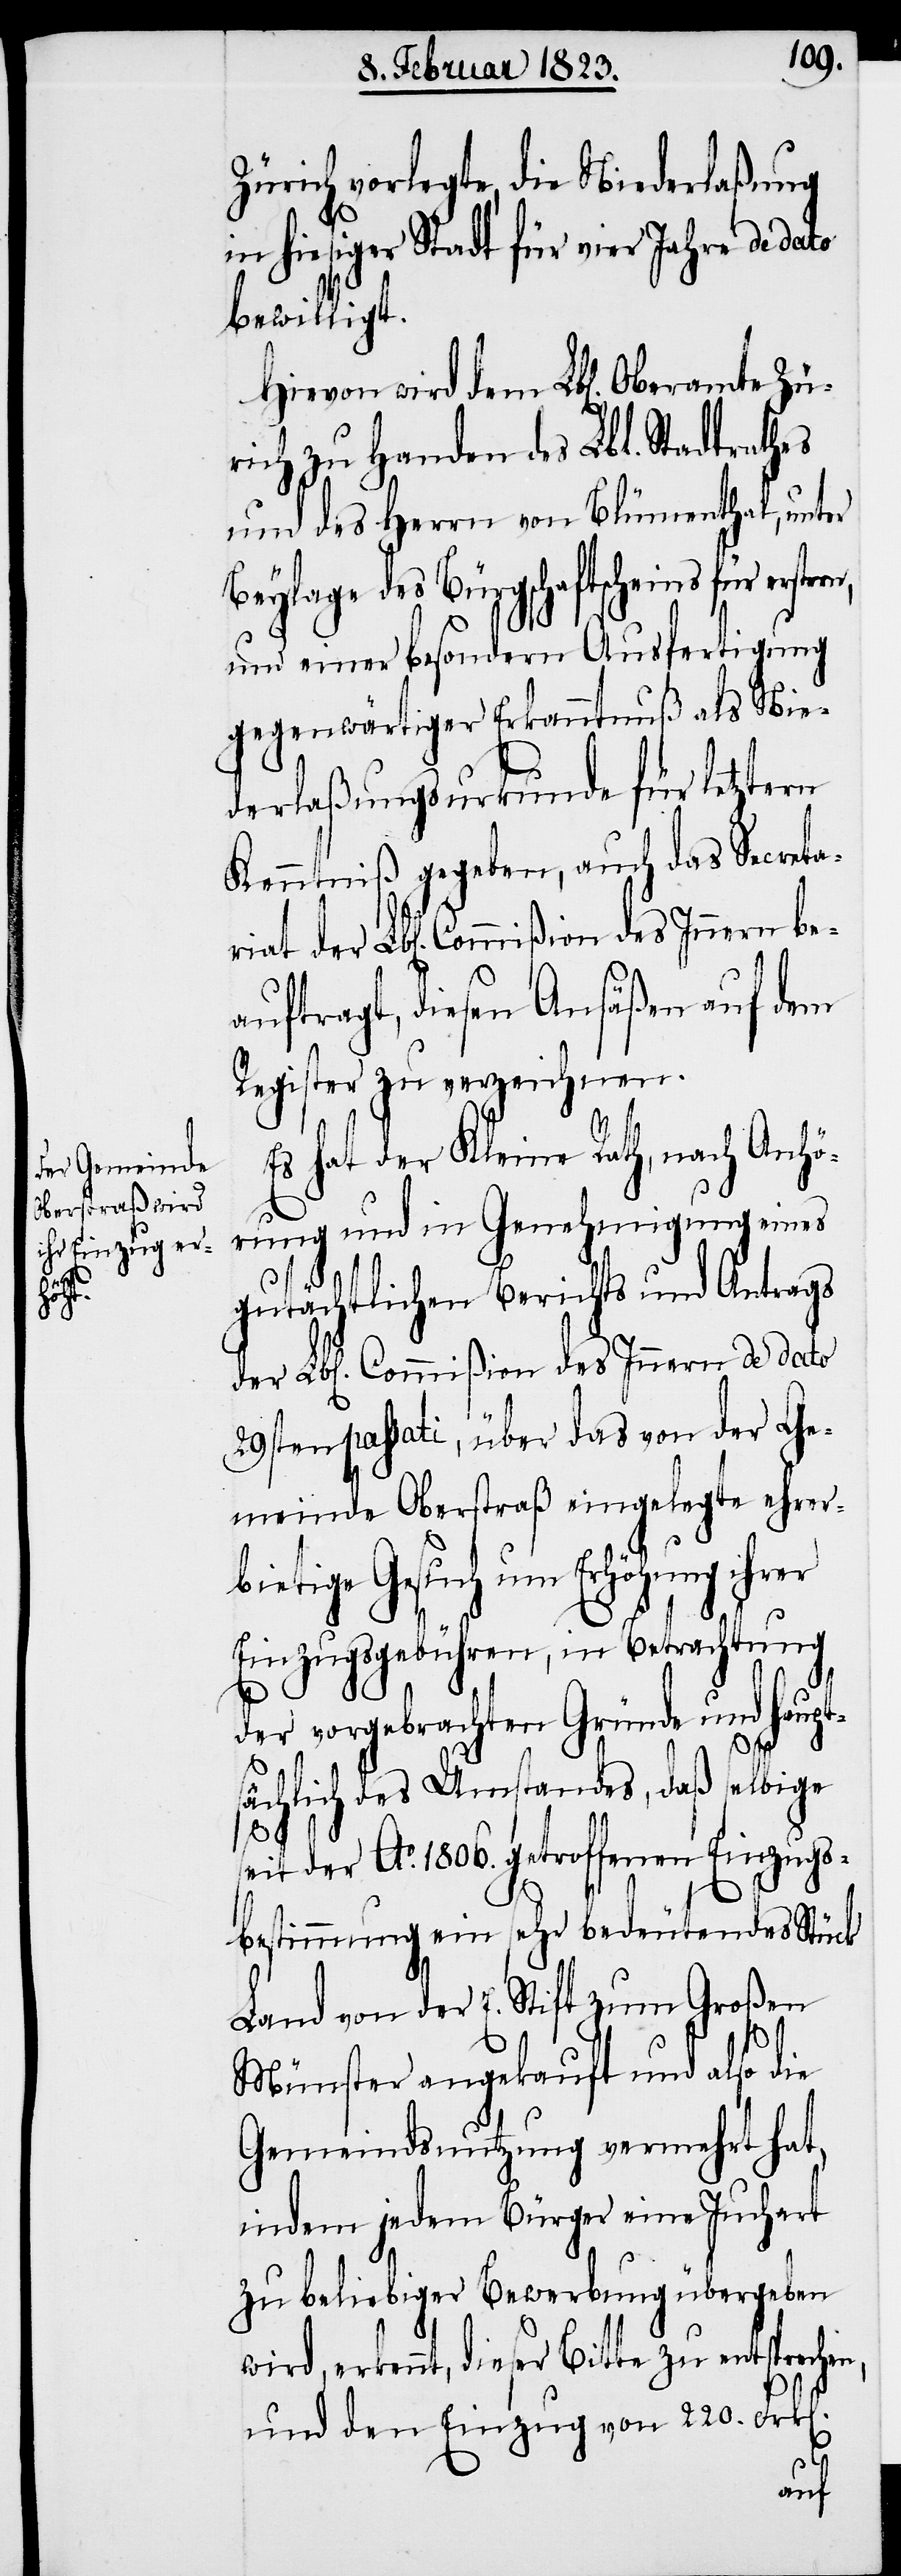
n].
Hievon

Zürich vorlegte, die Niederlaßung
in hiesiger Stadt für vier Jahre de dato
bewilligt.
rich zu Handen des Lbl. Stadtrathes
und des Herrn von Blümenthal [si¬
Beylage des Bürgschaftscheins für
und einer besondern Ausfertigung
gegenwärtiger Erkanntnuß als Nie¬
derlaßungsurkunde für letztern
Kenntniß gegeben, auch das Secreta¬
auftragt, diesen Ansäßen auf dem
Register zu verzeichnen.
Es hat der Kleine Rath, nach Anhö¬
rung und in Genehmigung eines
gutächtlichen Berichts und Antrags
der Lbl[en]. Commißion des Innern de dato
29sten passati, über das von der Ge¬
meinde Oberstraß eingelegte ehrer¬
bietige Gesuch um Erhöhung ihrer
Einzugsgebühren, in Betrachtung
der vorgebrachten Gründe und haupt¬
se¬
sächlich des Umstandes, daß selbige
it der Ao. 1806. getroffenen Einzugs¬
bestimmung ein sehr bedeutendes Stück
Land von der E. Stift zum Großen
Münster angekauft und also die
Gemeindsnutzung vermehrt hat,
indem jedem Bürger eine Juchart
zu beliebiger Bewerbung übergeben
wird, erkennt, dieser Bitte zu entspreche¬
und den Einzug von 220. Frk[e¬